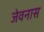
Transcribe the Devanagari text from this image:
जेवनास